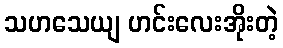
သဟသေယျ ဟင်းလေးအိုးတဲ့